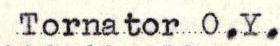
Tornator O.Y.